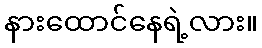
နားထောင်နေရဲ့လား။